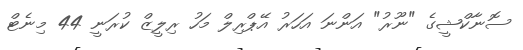
ސޮނާކްޝީގެ "ނޫރު" އަންނަ އަހަރު އޭޕްރިލް މަހު ރިލީޒް ކުރަނީ 44 މިނެޓް